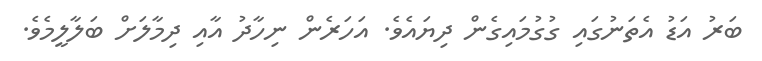
ބަރު އަޑު އެތަނުގައި ގުގުމައިގެން ދިޔައެވެ. އަހަރެން ނިހާދު އާއި ދިމާލަށް ބަލާލީމެވެ.